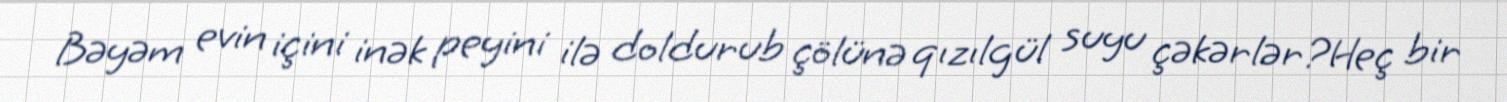
Bəyəm evin içini inək peyini ilə doldurub çölünə qızılgül suyu çəkərlər?Heç bir